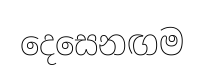
දෙසෙනඟම